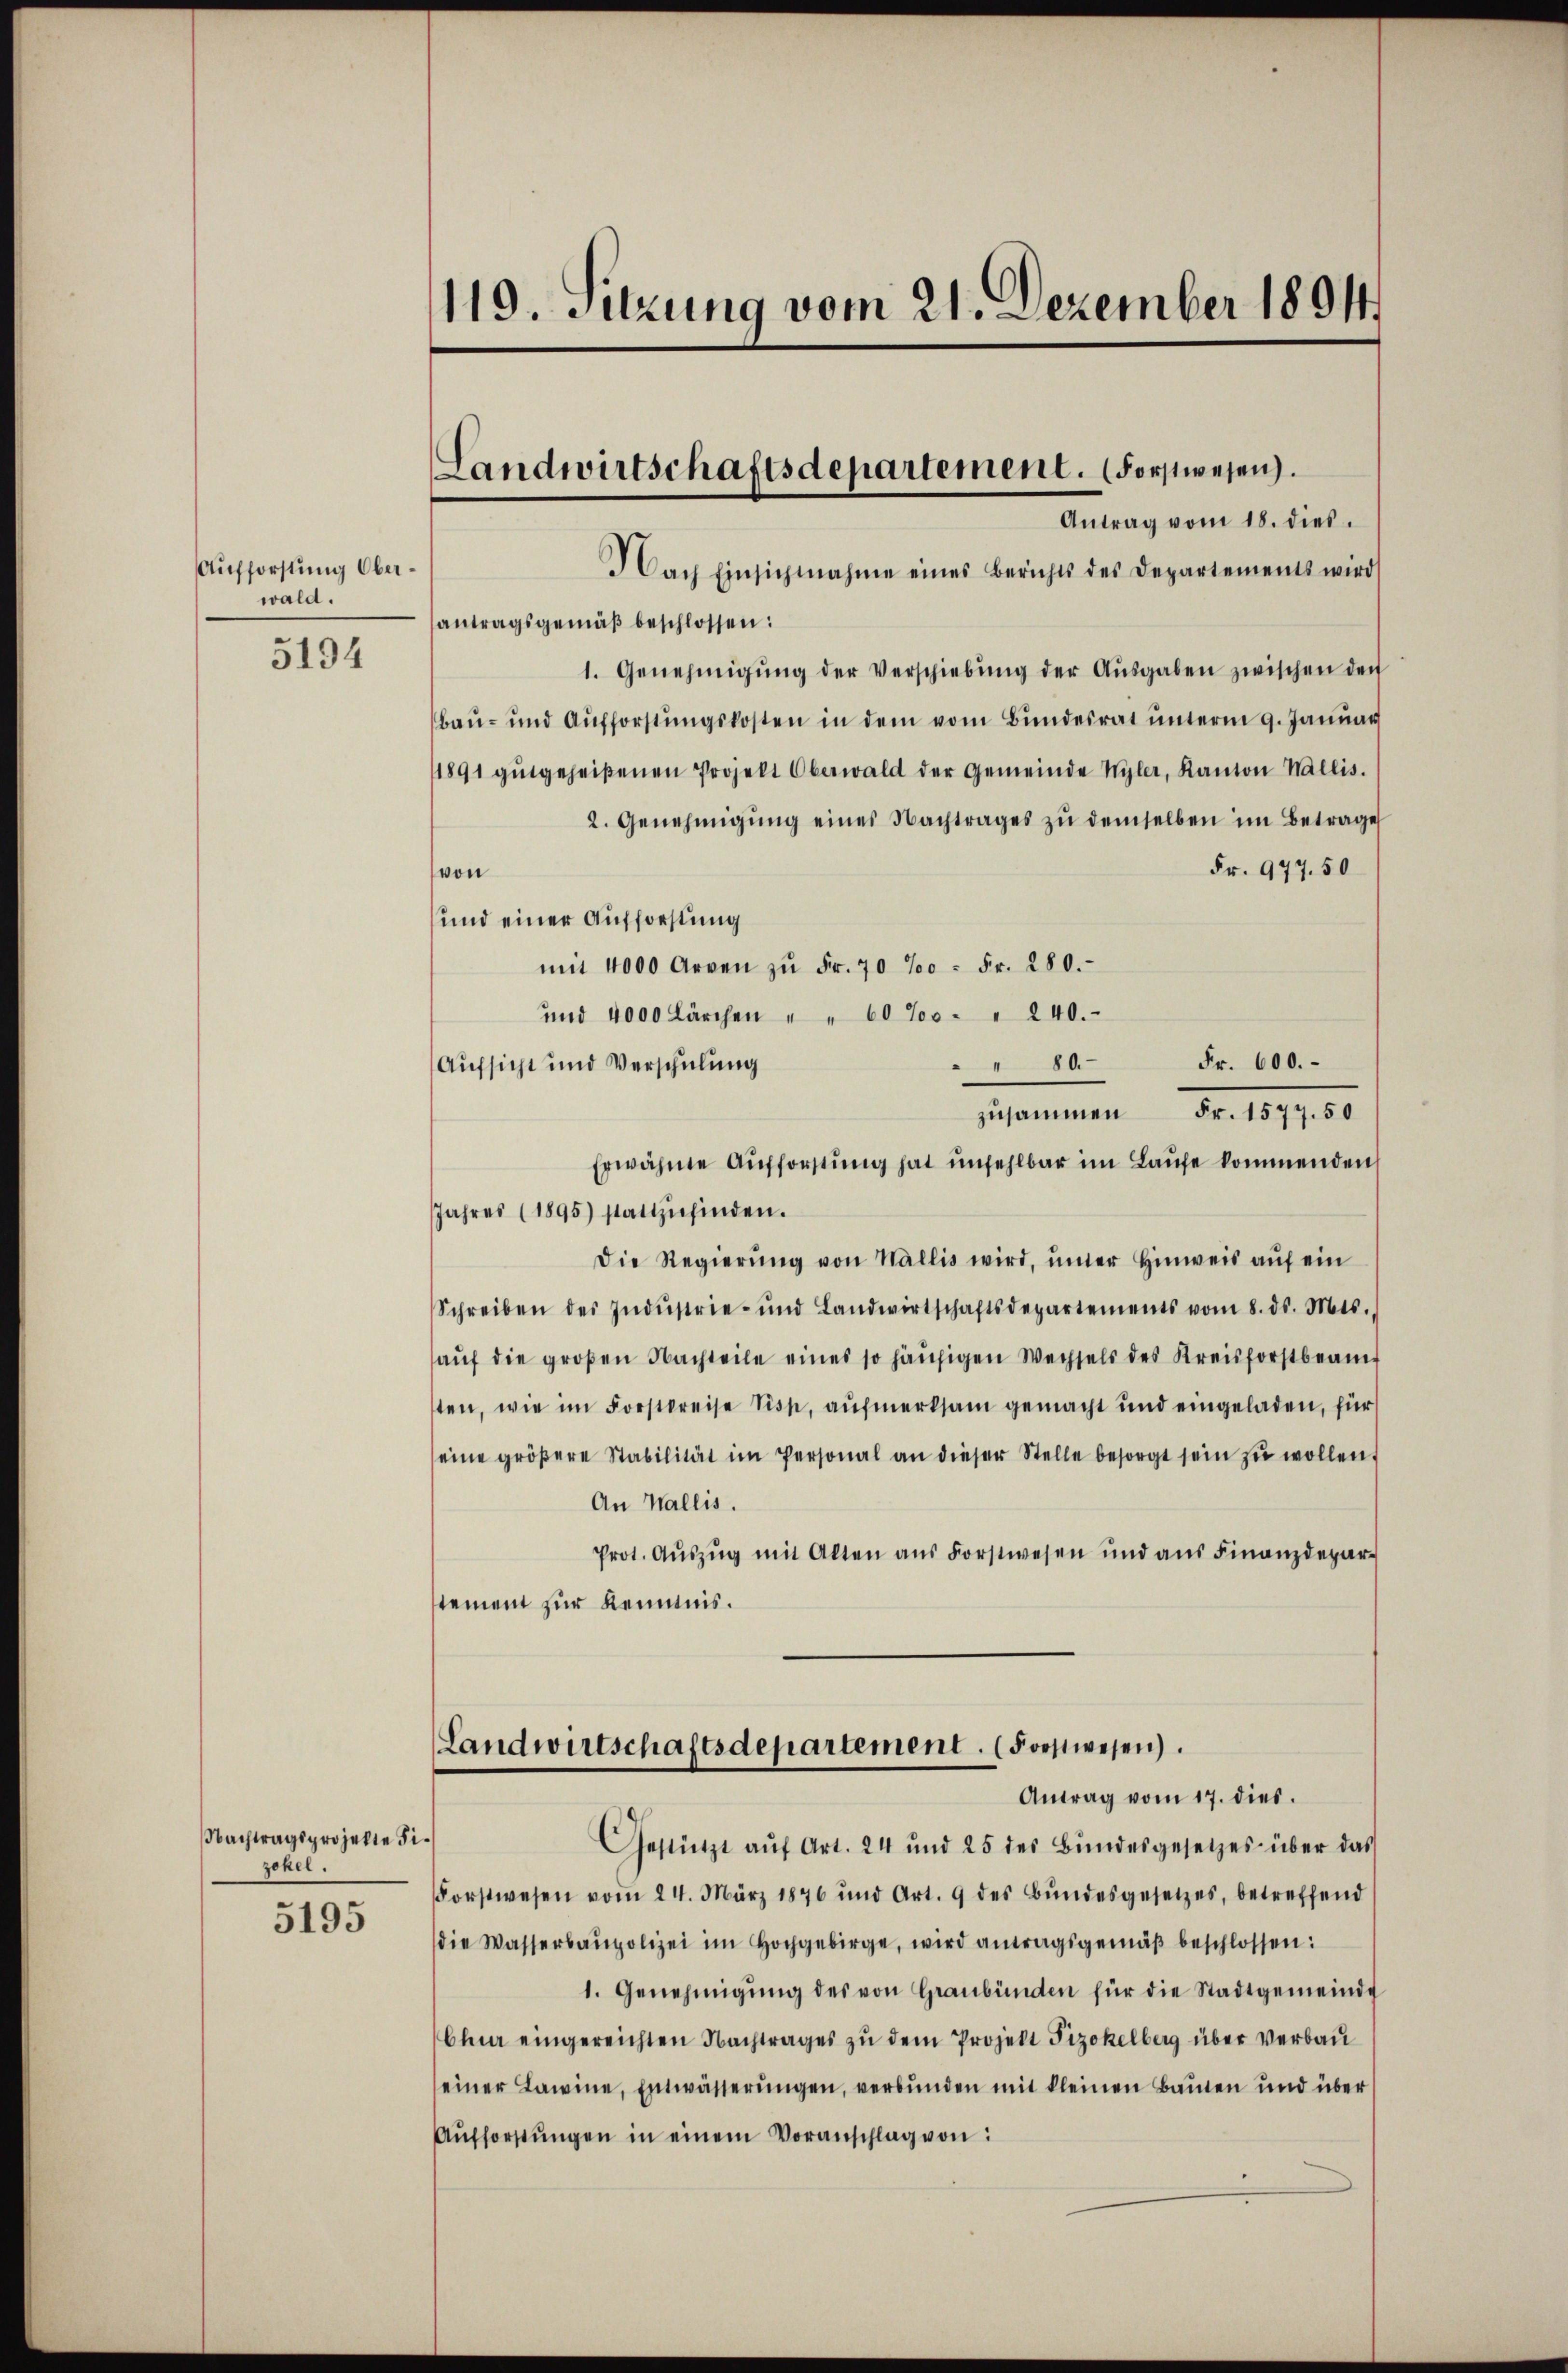
Aufforstung Oberwald.

5194

Nachtragsprojekte Fizekel.

5195

119. Sitzung vom 21. Dezember 1891

Landwirtschaftsdepartement. (Forstwesen.
Antrag vom 18. dies

Nach Einsichtnahme eines Berichts des Departements wird
antragsgemäβ beschlossen:
1. Genehmigŭng der Verschiebŭng der Aŭsgaben zwischen den
Bau- und Aufforstŭngskosten in dem vom Bundesrat ŭnterm 9. Januar
1891 gŭtgeheißenen Projekt Oberwald der Gemeinde Wyler, Kanton Wallis.
2. Genehmigŭng eines Nachtrages zŭ demselben im Betrage
Fr. 977. 50
von
und einer Aufforstung
mit 4000 Arven zŭ Fr. 70 % = Fr. 280.
und 4000 Lärchen " " 60‰. " 240.
" " 80. Fr. 600.
Aufsicht und Verschulung
No. 1817,00
zusammen
Erwähnte Aufforstung hat unfehlbar im Laufe kommenden
Jahres (1895) stattzŭfinden.
Die Regierŭng von Wallis wird, ŭnter Hinweis aŭf ein
Schreiben des Indŭstrie- und Landwirtschaftsdepartements vom 8. ds. Mts.
aŭf die großen Nachteile eines so häufigen Wechsels des Kreisforstbeam-
sten, wie im Forstkreise Tiss, aufmerksam gemacht und eingeladen, für
eine gröβere Stabilität im Personal an dieser Stelle besorgt sein zŭ wollen.
An Wallis.
Prot. Aŭszŭg mit Alten ans Forstwesen und aŭs Finanzdepar-
stement zur Kenntnis¬
Landwirtschaftsdepartement. (Forstwesen.
Antrag vom 17. dies
Gestützt aŭf Art. 24 und 25 des Bŭndesgesetzes über das
Forstwesen vom 24. März 1876 und Art. 9 des Bŭndesgesetzes, betreffend
die Wasserbaupolizei im Hochgebirge, wird antragsgemäβ beschlossen:
1. Genehmigŭng des von Graubünden für die Stadtgemeinde
Chur eingereichten Nachtrages zu dem Projekt Fizokelberg über verbau
seiner Lawine, Entwässerŭngen, verbŭnden mit kleinen Bauten und über
Aŭfforstŭngen in einem Voranschlag von: